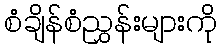
စံချိန်စံညွှန်းများကို